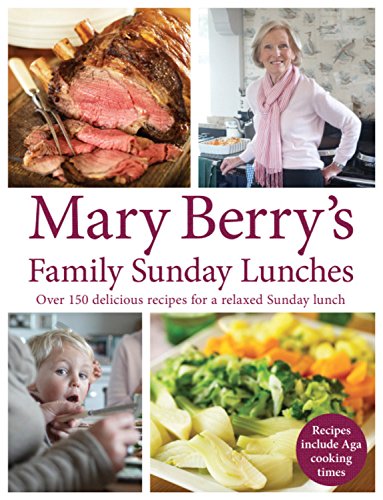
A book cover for Mary Berry's Family Sunday Lunches; Mary Berry; Cookbooks, Food & Wine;